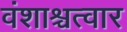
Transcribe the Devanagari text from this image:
वंशाश्चत्वार